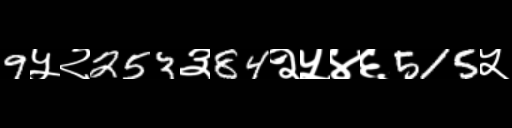
Text: 9५२253३84२५४६515५